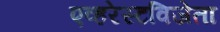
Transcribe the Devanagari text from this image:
एव्हरेस्टविजेता